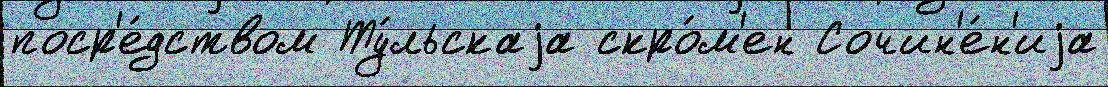
поср'е́дством Ту́льскаjа скро́м'ен Сочин'е́н'иjа